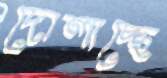
দোলাচ্ছে